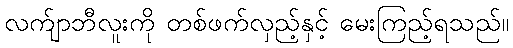
လက်ျာဘီလူးကို တစ်ဖက်လှည့်နှင့် မေးကြည့်ရသည်။